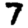
Digit: 7